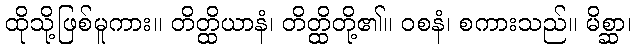
ထိုသို့ဖြစ်မူကား။ တိတ္ထိယာနံ၊ တိတ္ထိတို့၏။ ဝစနံ၊ စကားသည်။ မိစ္ဆာ၊